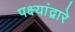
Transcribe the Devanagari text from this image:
पक्ष्यांद्वारे